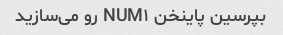
بپرسین پاینخن NUM۱ رو می‌سازید